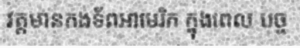
វត្តមានកងទ័ពអាមេរិក ក្នុងពេល បច្ច